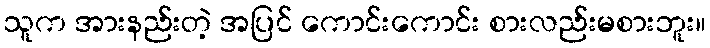
သူက အားနည်းတဲ့ အပြင် ကောင်းကောင်း စားလည်းမစားဘူး။